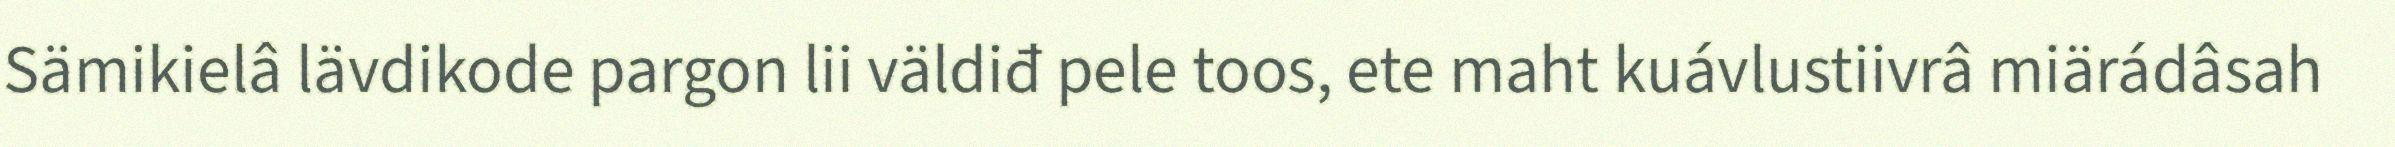
Sämikielâ lävdikode pargon lii väldiđ pele toos, ete maht kuávlustiivrâ miärádâsah